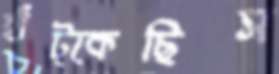
হাঁট্‌কেছিস